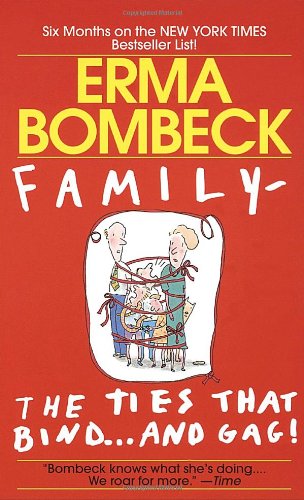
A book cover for Family - The Ties that Bind...And Gag!; Erma Bombeck; Humor & Entertainment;